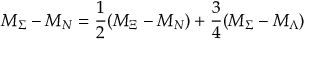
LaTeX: M _ { \Sigma } - M _ { N } = { \frac { 1 } { 2 } } ( M _ { \Xi } - M _ { N } ) + { \frac { 3 } { 4 } } ( M _ { \Sigma } - M _ { \Lambda } )